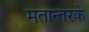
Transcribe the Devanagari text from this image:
मतान्तरके